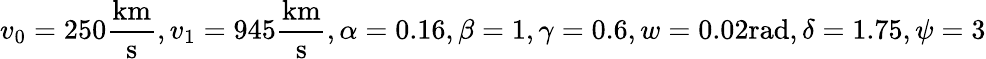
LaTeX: v_{0}=250\frac{\mathrm{km}}{\mathrm{s}},v_{1}=945\frac{\mathrm{km}}{\mathrm{s}},\alpha=0.16,\beta=1,\gamma=0.6,w=0.02\mathrm{rad},\delta=1.75,\psi=3